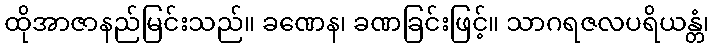
ထိုအာဇာနည်မြင်းသည်။ ခဏေန၊ ခဏခြင်းဖြင့်။ သာဂရဇလပရိယန္တံ၊